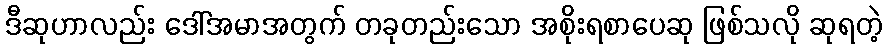
ဒီဆုဟာလည်း ဒေါ်အမာအတွက် တခုတည်းသော အစိုးရစာပေဆု ဖြစ်သလို ဆုရတဲ့